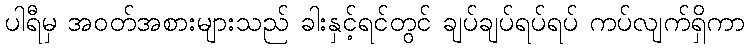
ပါရီမှ အဝတ်အစားများသည် ခါးနှင့်ရင်တွင် ချပ်ချပ်ရပ်ရပ် ကပ်လျက်ရှိကာ